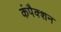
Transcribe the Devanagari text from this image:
कंपैक्शन